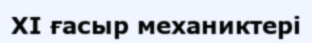
XI ғасыр механиктері